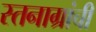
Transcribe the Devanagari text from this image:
स्तनाग्रांची